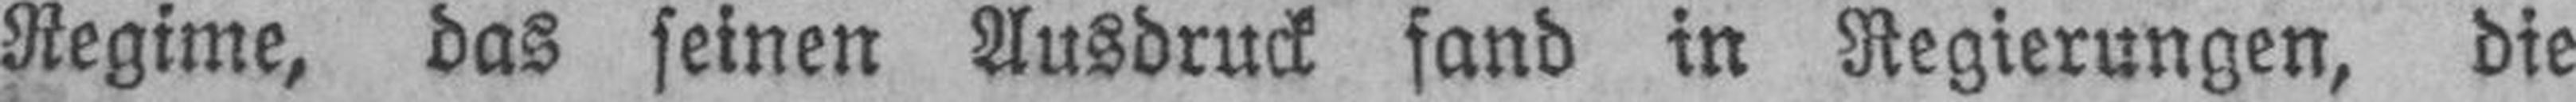
Regime, das seinen Ausdruck fand in Regierungen, die